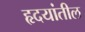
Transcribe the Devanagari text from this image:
हृदयांतील